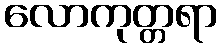
လောကုတ္တရာ